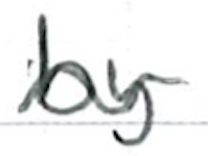
Text: by
Cross-out: mix
Writing tool: ballpoint